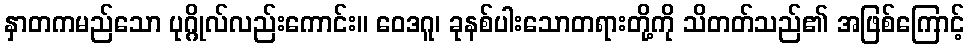
နှာတကမည်သော ပုဂ္ဂိုလ်လည်းကောင်း။ ဝေဒဂူ၊ ခုနစ်ပါးသောတရားတို့ကို သိတတ်သည်၏ အဖြစ်ကြောင့်